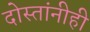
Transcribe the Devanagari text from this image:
दोस्तांनीही